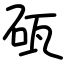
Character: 砙